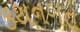
કથનગત